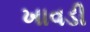
ખાવડી